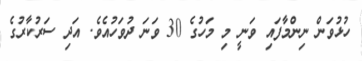
ހުޅުވަން ނިންމާފައި ވަނީ މި މަހުގެ 30 ވަނަ ދުވަހުއެވެ. އަދި ސަރުކާރުގެ